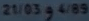
21/03g4/8